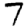
Digit: 7